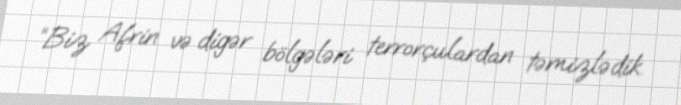
“Biz Afrin və digər bölgələri terrorçulardan təmizlədik.